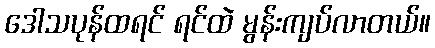
ဒေါသပုန်ထရင် ရင်ထဲ မွန်းကျပ်လာတယ်။